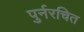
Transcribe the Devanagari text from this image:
पुर्नरचित